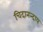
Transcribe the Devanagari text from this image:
चिदानन्दाय